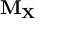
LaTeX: \mathbf { M } _ { \mathbf { X } }